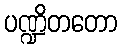
ပဏ္ဍိတတော